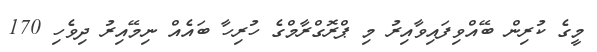
މީގެ ކުރިން ބޭއްވިފައިވާއިރު މި ޕްރޮގްރާމްގެ ހުރިހާ ބައެއް ނިމޭއިރު ދިވެހި 170